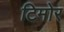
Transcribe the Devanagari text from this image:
टिमोर